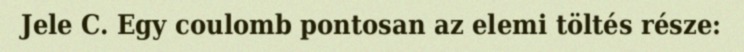
Jele C. Egy coulomb pontosan az elemi töltés része: